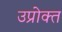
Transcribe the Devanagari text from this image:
उप्रोक्त